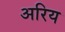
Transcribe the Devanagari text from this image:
अरिय